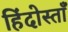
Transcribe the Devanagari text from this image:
हिंदोस्ताँ